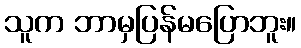
သူက ဘာမှပြန်မပြောဘူး။